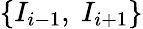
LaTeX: \left\{ {{I}_{i-1}},\ {{I}_{i+1}}\right\}